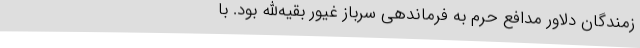
زمندگان دلاور مدافع حرم به فرماندهی سرباز غیور بقیه‌الله بود. با